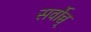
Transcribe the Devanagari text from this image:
सर्वोच्च्